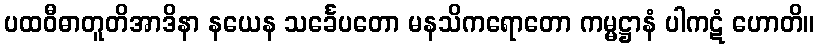
ပထဝီဓာတူတိအာဒိနာ နယေန သင်္ခေပတော မနသိကရောတော ကမ္မဋ္ဌာနံ ပါကဋံ ဟောတိ။